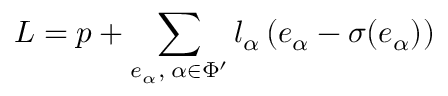
L = p + \sum _ { e _ { \alpha } , \; \alpha \in \Phi ^ { \prime } } l _ { \alpha } \, ( e _ { \alpha } - \sigma ( e _ { \alpha } ) )